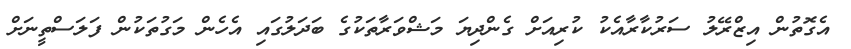
އެގޮތުން އިޒްރޭލު ސަރުކާރާއެކު ކުރިއަށް ގެންދިޔަ މަޝްވަރާތަކުގެ ބަދަލުގައި އެހެން މަގުތަކުން ފަލަސްތީނަށް